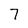
Character: 7